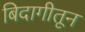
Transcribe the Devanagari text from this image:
बिदागीतून